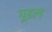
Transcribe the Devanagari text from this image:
गूडल